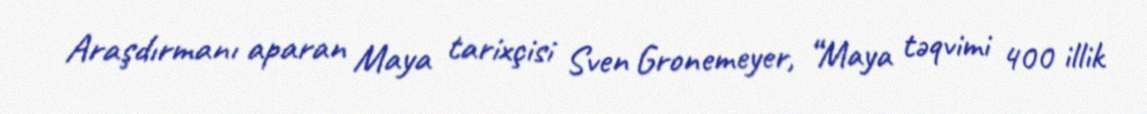
Araşdırmanı aparan Maya tarixçisi Sven Gronemeyer, “Maya təqvimi 400 illik